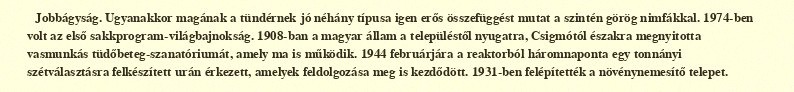
Jobbágyság. Ugyanakkor magának a tündérnek jó néhány típusa igen erős összefüggést mutat a szintén görög nimfákkal. 1974-ben volt az első sakkprogram-világbajnokság. 1908-ban a magyar állam a településtől nyugatra, Csigmótól északra megnyitotta vasmunkás tüdőbeteg-szanatóriumát, amely ma is működik. 1944 februárjára a reaktorból háromnaponta egy tonnányi szétválasztásra felkészített urán érkezett, amelyek feldolgozása meg is kezdődött. 1931-ben felépítették a növénynemesítő telepet.